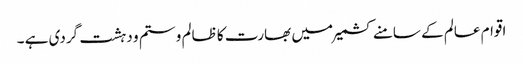
اقوام عالم کے سامنے کشمیر میں بھارت کا ظالم و ستم و دہشت گردی ہے ۔